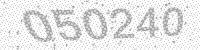
Solution: 050240